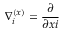
\nabla _ { i } ^ { ( x ) } = \frac { \partial } { \partial x { i } }